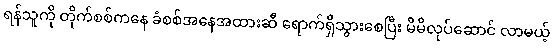
ရန်သူကို တိုက်စစ်ကနေ ခံစစ်အနေအထားဆီ ရောက်ရှိသွားစေပြီး မိမိလုပ်ဆောင် လာမယ့်